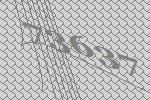
73637